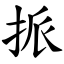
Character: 挀